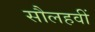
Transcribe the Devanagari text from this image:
सौलहवीं